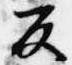
反